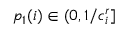
p _ { 1 } ( i ) \in ( 0 , 1 / c _ { i } ^ { r } ]